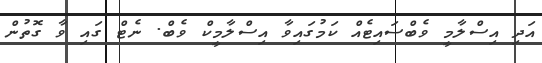
އަދި އިސްލާމީ ވެބްސައިޓެއް ކަމުގައިވާ އިސްލާމީކް ވެބް. ނެޓް ގައި ވާ ގޮތުން